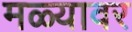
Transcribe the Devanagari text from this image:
मळ्यावर